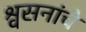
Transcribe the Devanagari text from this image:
श्वसनांचे